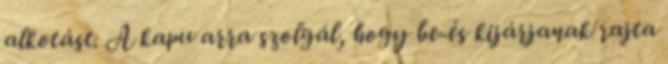
alkotást. A kapu arra szolgál, hogy be-és kijárjanak rajta